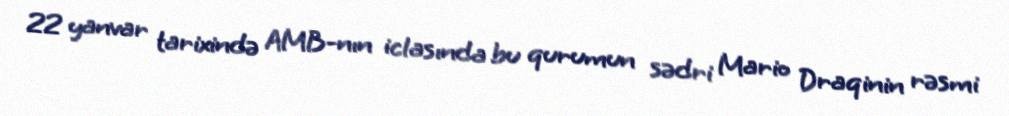
22 yanvar tarixində AMB-nın iclasında bu qurumun sədri Mario Draqinin rəsmi